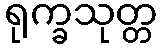
ရုက္ခသုတ္တ